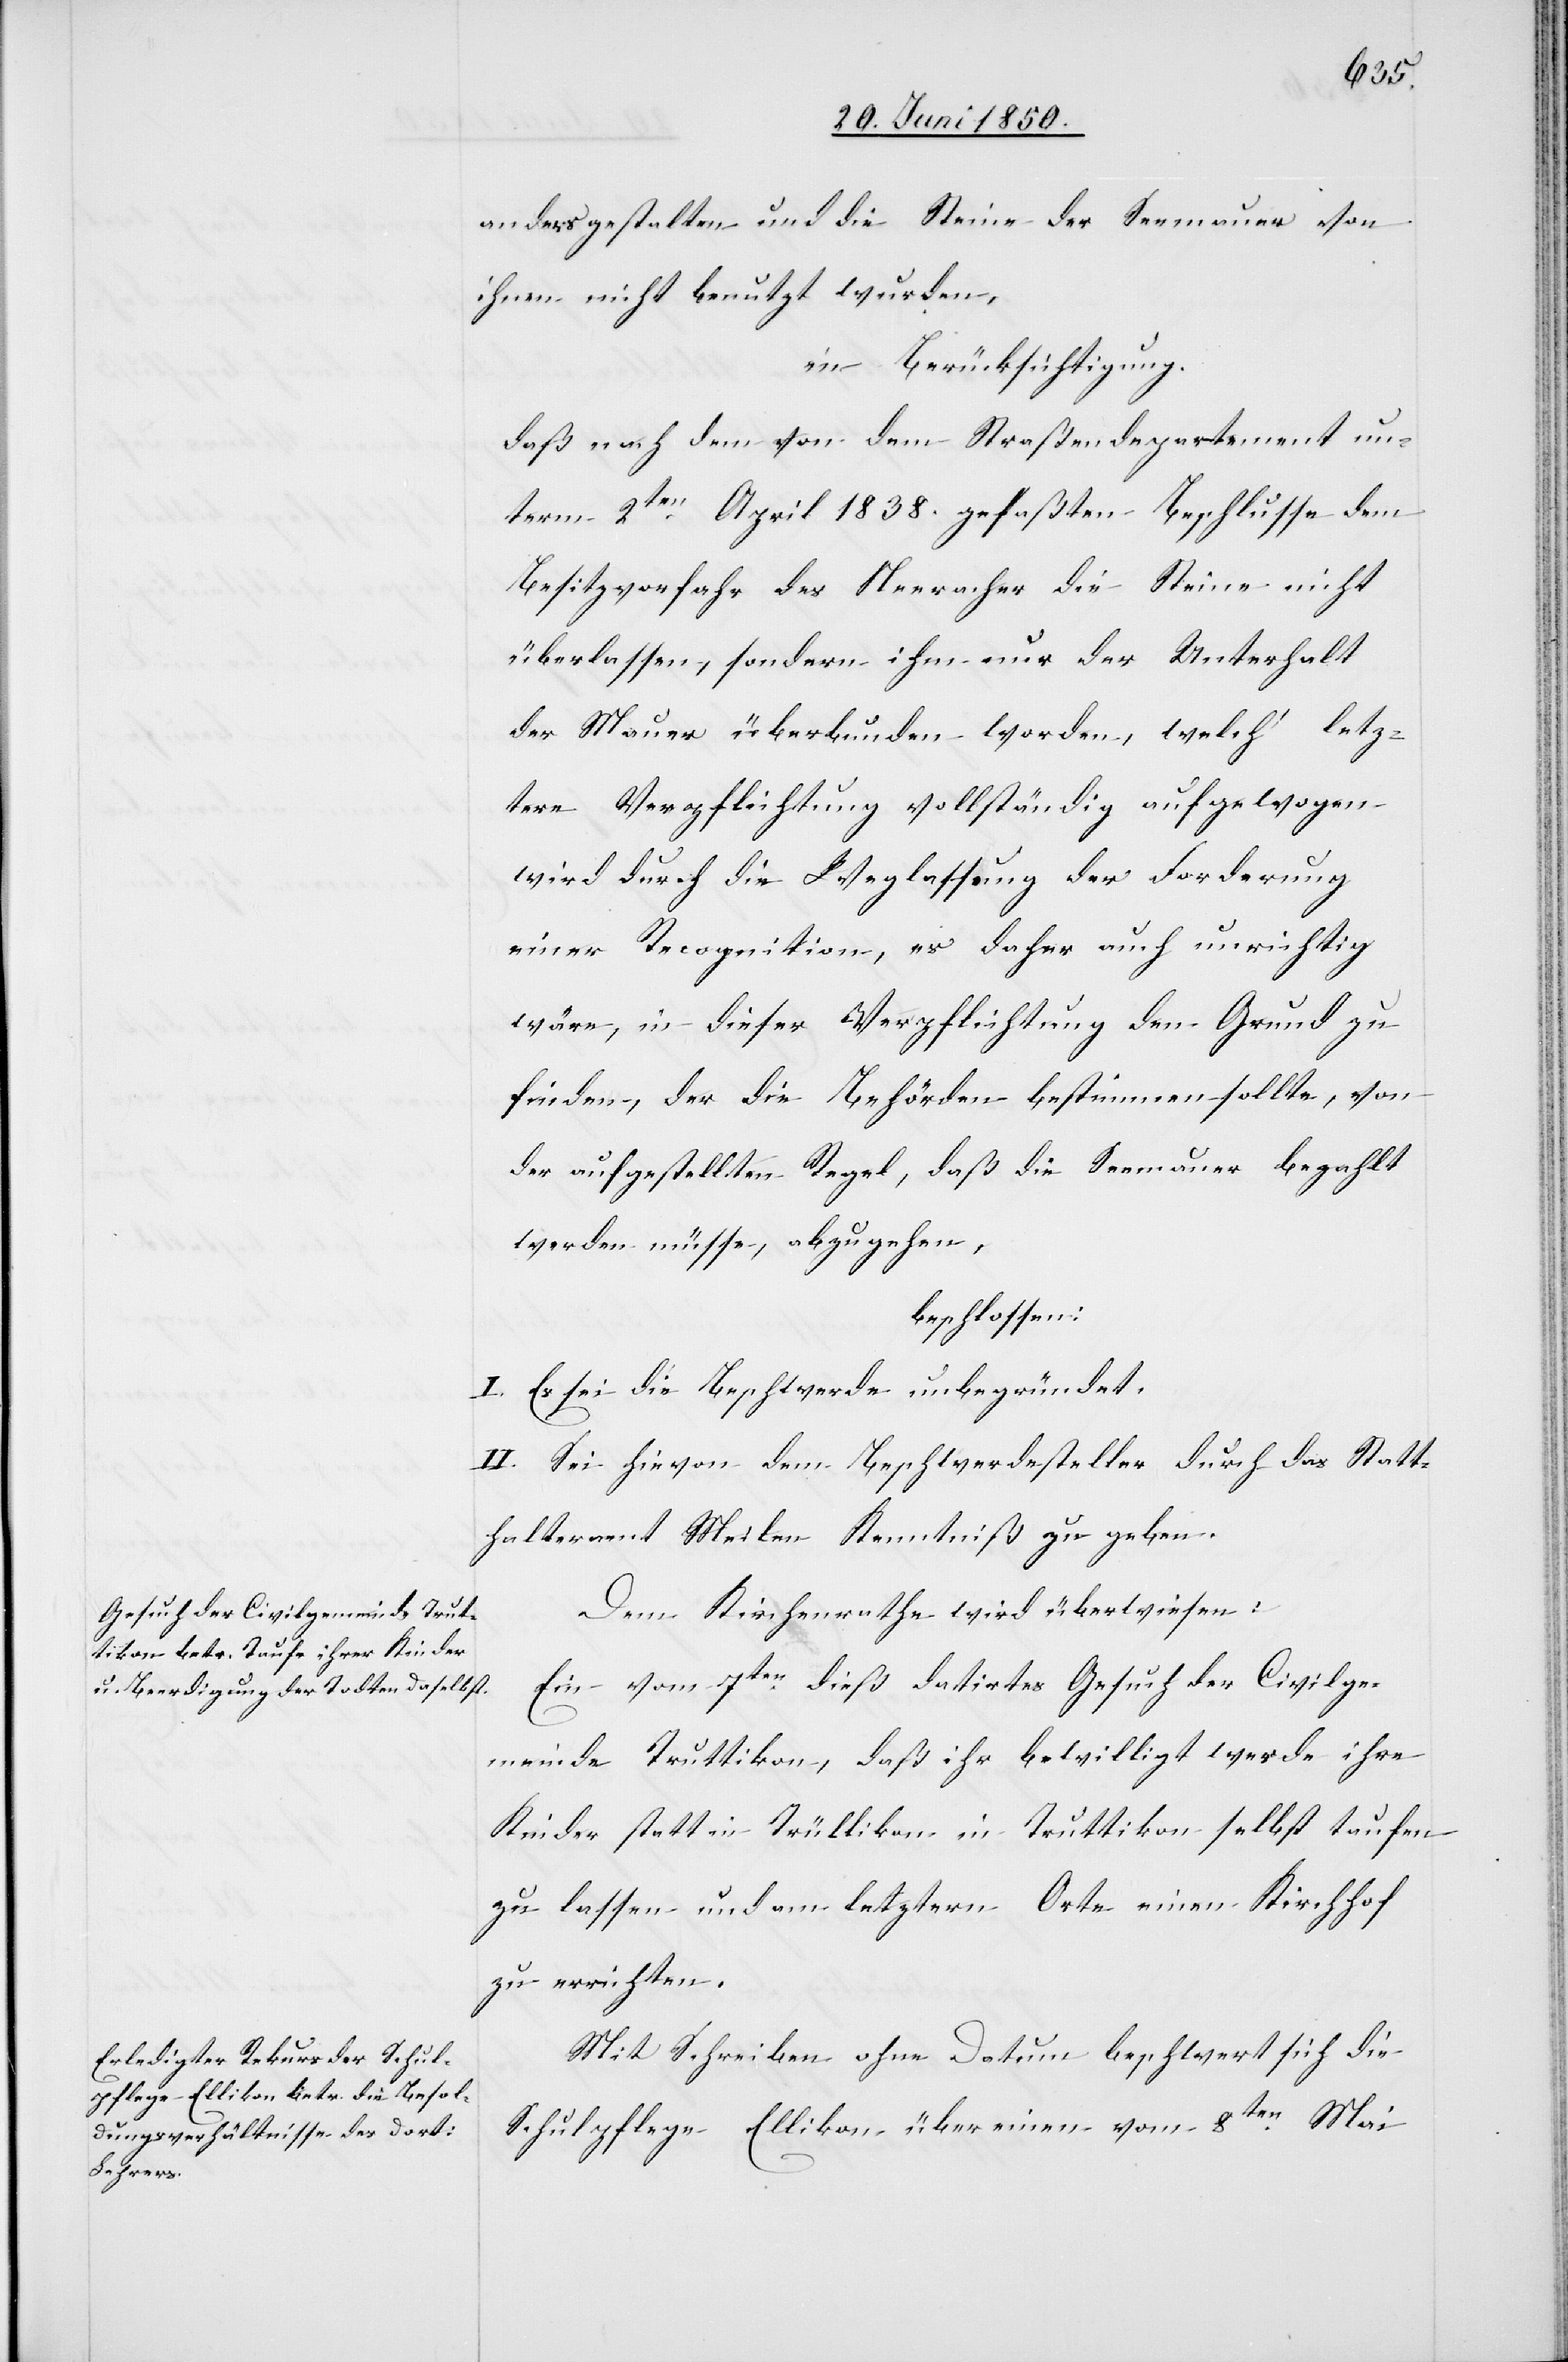
anders gestalten und die Steine der Seemauer von
ihnen nicht benutzt wurden,
in Berücksichtigung.
daß nach dem von dem Straßendepartement un¬
term 2ten April 1838. gefaßten Beschlusse dem
Besitzvorfahr des Neeracher die Steine nicht
überlassen, sondern ihm nur der Unterhalt
der Mauer überbunden worden welch‘ letz¬
tere Verpflichtung vollständig aufgewogen
wird durch die Weglassung der Forderung
einer Recognition, es daher auch unrichtig
wäre, in dieser Verpflichtung den Grund zu
finden, der die Behörden bestimmen sollte, von
der aufgestellten Regel, daß die Seemauer bezahlt
werden müsse, abzugehen,
beschlossen.
I. Es sei die Beschwerde unbegründet.
II. Sei hievon dem Beschwerdesteller durch das Statt¬
halteramt Meilen Kenntniß zu geben.
Dem Kirchenrathe wird überwiesen:
Ein vom 7ten dieß datirtes Gesuch der Civilge¬
meinde Truttikon, daß ihr bewilligt werde ihre
Kinder statt in Trüllikon in Truttikon selbst taufen
zu lassen und am letztern Orte einen Kirchhof
zu errichten.
Mit Schreiben ohne Datum beschwert sich die
Schulpflege Ellikon über einen vom 8ten Mai